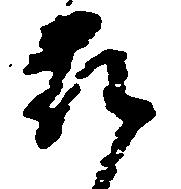
被